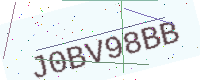
Text: J0BV98BB